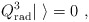
\begin{align*}Q^{3}_{\rm rad}|\ \rangle = 0 \ ,\end{align*}